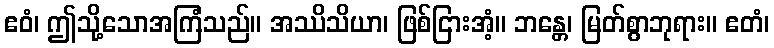
ဧဝံ၊ ဤသို့သောအကြံသည်။ အဿိသိယာ၊ ဖြစ်ငြားအံ့။ ဘန္တေ၊ မြတ်စွာဘုရား။ ဧတံ၊